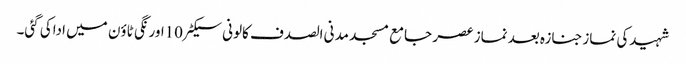
شہیدکی نمازجنازہ بعد نماز عصر جامع مسجد مدنی الصدف کالونی سیکٹر10اورنگی ٹاؤن میں اداکی گئی۔